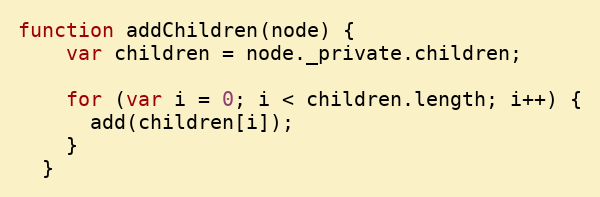
Language: JavaScript
function addChildren(node) {
    var children = node._private.children;

    for (var i = 0; i < children.length; i++) {
      add(children[i]);
    }
  }